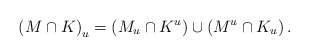
\begin{align*}\left( M\cap K\right) _{u}=\left( M_{u}\cap K^{u}\right) \cup\left(M^{u}\cap K_{u}\right) .\end{align*}